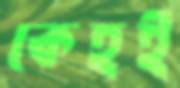
কেহই